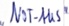
Text: "NOT-AUS"